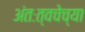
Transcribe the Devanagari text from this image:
अंतःत्वचेच्या